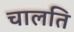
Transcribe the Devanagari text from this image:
चालति